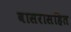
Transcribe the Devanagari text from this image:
वासरासहित